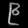
Digit: ၉